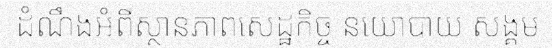
ដំណឹងអំពីស្ថានភាពសេដ្ឋកិច្ច នយោបាយ សង្គម